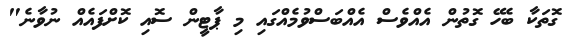
ގޮތަކާ ބެހޭ ގޮތުން އެއްވެސް އެއްބަސްވުމެއްގައި މި ޕާޓީން ސޮއި ކޮށްފައެއް ނުވާނެ"